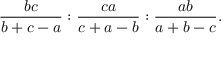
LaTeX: { \frac { b c } { b + c - a } } : { \frac { c a } { c + a - b } } : { \frac { a b } { a + b - c } } .